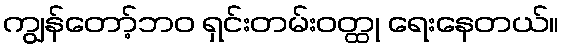
ကျွန်တော့်ဘဝ ရှင်းတမ်းဝတ္ထု ရေးနေတယ်။